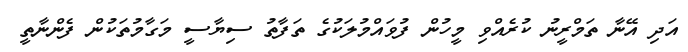
އަދި އޭނާ ތަމްރީނު ކުރެއްވި މީހުން ފުވައްމުލަކުގެ ތަފާތު ސިޔާސީ މަގާމުތަކުން ފެންނާތީ